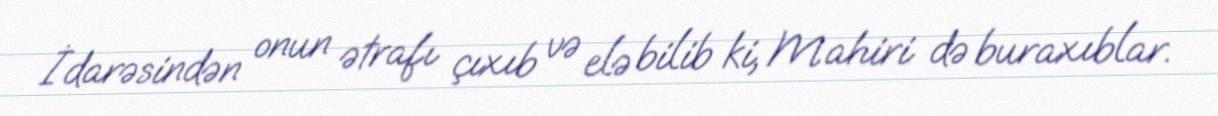
İdarəsindən onun ətrafı çıxıb və elə bilib ki, Mahiri də buraxıblar.